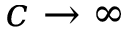
c \to \infty